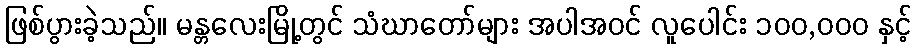
ဖြစ်ပွားခဲ့သည်။ မန္တလေးမြို့တွင် သံဃာတော်များ အပါအဝင် လူပေါင်း ၁၀၀,၀၀၀ နှင့်